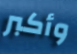
وأكبر